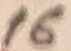
Text: 16